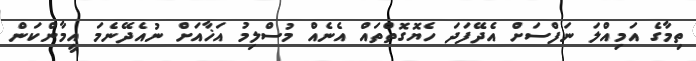
ތިމާގެ އަމިއްލަ ނަފްސަށް އެދޭފަދަ ހެޔޮގޮތްތައް އެނެއް މުސްލިމު އަޚާއަށް ނުއެދޭނެމަ އީމާންކަން